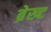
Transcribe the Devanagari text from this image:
ब्रेख्ट